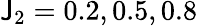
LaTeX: \mathsf{J}_{2}=0.2,0.5,0.8